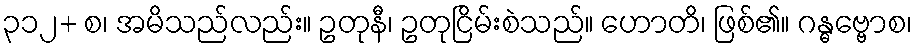
၃၁၂+ စ၊ အမိသည်လည်း။ ဥတုနီ၊ ဥတုငြိမ်းစဲသည်။ ဟောတိ၊ ဖြစ်၏။ ဂန္ဓဗ္ဗောစ၊